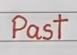
Past